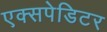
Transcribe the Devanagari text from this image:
एक्सपेडिटर